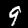
Label: 9